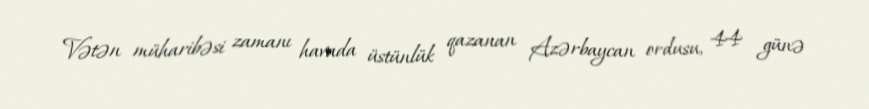
Vətən müharibəsi zamanı havada üstünlük qazanan Azərbaycan ordusu, 44 günə